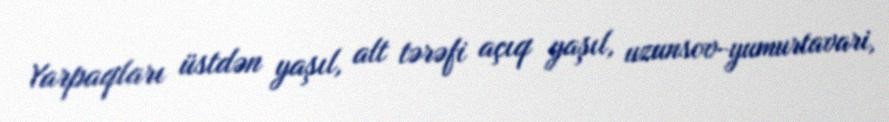
Yarpaqları üstdən yaşıl, alt tərəfi açıq yaşıl, uzunsov-yumurtavari,